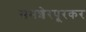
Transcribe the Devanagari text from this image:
समशेरपूरकर